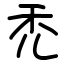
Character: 禿